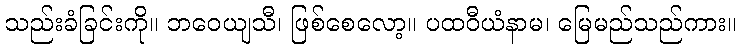
သည်းခံခြင်းကို။ ဘဝေယျသီ၊ ဖြစ်စေလော့။ ပထဝီယံနာမ၊ မြေမည်သည်ကား။